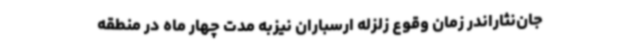
جان‌نثاراندر زمان وقوع زلزله ارسباران نیزبه مدت چهار ماه در منطقه